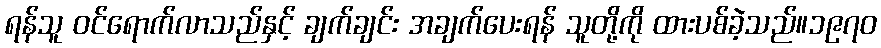
ရန်သူ ဝင်ရောက်လာသည်နှင့် ချက်ချင်း အချက်ပေးရန် သူတို့ကို ထားပစ်ခဲ့သည်။၁၉၇၀